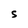
Character: S